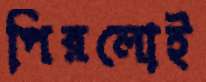
পিরলোই